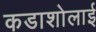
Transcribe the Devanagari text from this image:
कडाशोलाई